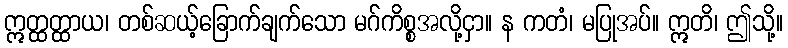
ဣတ္ထတ္ထာယ၊ တစ်ဆယ့်ခြောက်ချက်သော မဂ်ကိစ္စအလို့ငှာ။ န ကတံ၊ မပြုအပ်။ ဣတိ၊ ဤသို့။